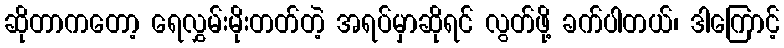
ဆိုတာကတော့ ရေလွှမ်းမိုးတတ်တဲ့ အရပ်မှာဆိုရင် လွတ်ဖို့ ခက်ပါတယ်၊ ဒါကြောင့်